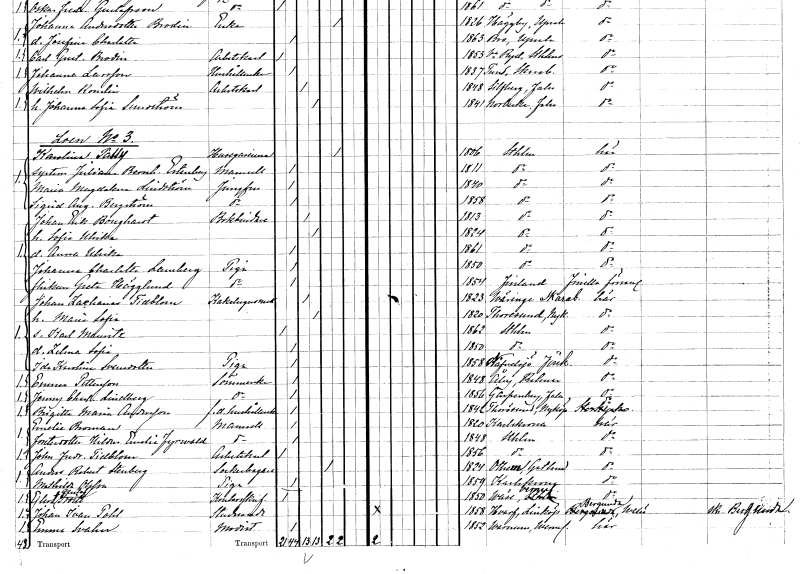
gt_parse: households: individuals: FN: Karolina
EN: Pally
YRKE: Husägarinna
KON: K
CIV: E
FODAR: 1806
FODFORS: Stockholm
FN: Juliana Bernhardina
EN: Estenberg
KON: K
CIV: O
FODAR: 1811
FODFORS: Stockholm
FN: Maria Magdalena
EN: Lindström
YRKE: Jungfru
KON: K
CIV: O
FODAR: 1840
FODFORS: Stockholm
FN: Sigrid Augusta
EN: Bergström
YRKE: Jungfru
KON: K
CIV: O
FODAR: 1858
FODFORS: Stockholm
FN: Johan Erik
EN: Boughardt
YRKE: Bokbindare
KON: M
CIV: G
FODAR: 1813
FODFORS: Stockholm
FN: Sofia Ulrika
KON: K
CIV: G
FODAR: 1824
FODFORS: Stockholm
FN: Anna Ulrika
KON: K
CIV: O
FODAR: 1861
FODFORS: Stockholm
FN: Johanna Charlotta
EN: Lamberg
YRKE: Piga
KON: K
CIV: O
FODAR: 1850
FODFORS: Stockholm
FN: Greta
EN: Hägglund
YRKE: Piga
KON: K
CIV: O
FODAR: 1854
FN: Johan Zacharias
EN: Tidblom
YRKE: Kakelugnsmakare
KON: M
CIV: G
FODAR: 1823
FODFORS: Väring Skaraborgs län
FN: Maria Sofia
KON: K
CIV: G
FODAR: 1820
FODFORS: Toresund Södermanlands län
FN: Karl Mauritz
KON: M
CIV: O
FODAR: 1862
FODFORS: Stockholm
FN: Zelma Sofia
KON: K
CIV: O
FODAR: 1850
FODFORS: Stockholm
FN: Ida Karolina
EN: Svensdotter
YRKE: Piga
KON: K
CIV: O
FODAR: 1858
FODFORS: Nävelsjö Jönköpings län
FN: Emma
EN: Pettersson
YRKE: Sömmerska
KON: K
CIV: O
FODAR: 1848
FODFORS: Åby Kalmar län
FN: Jenny Charlotta
EN: Lindberg
YRKE: Sömmerska
KON: K
CIV: O
FODAR: 1856
FODFORS: Garpenberg Kopparbergs län
FN: Brigitta Maria
EN: Andersson
YRKE: Hushållerska f.d.
KON: K
CIV: O
FODAR: 1842
FODFORS: Toresund Södermanlands län
FN: Emelie
EN: Broman
KON: K
CIV: O
FODAR: 1820
FODFORS: Karlskrona Blekinge län
FN: Hildur Emelia
EN: Fyrwald
KON: K
CIV: O
FODAR: 1848
FODFORS: Stockholm
FN: Johan Fredrik
EN: Tidblom
YRKE: Arbetskarl
KON: M
CIV: O
FODAR: 1856
FODFORS: Stockholm
FN: Anders Robert
EN: Stenberg
YRKE: Sockerbagare
KON: M
CIV: E
FODAR: 1824
FODFORS: Othem Gotlands län
FN: Mathilda
EN: Olsson
YRKE: Piga
KON: K
CIV: O
FODAR: 1859
FODFORS: Karlskrona Blekinge län
FN: Ejlert Gustaf
EN: Troile
YRKE: Kontorsskrivare
KON: M
CIV: O
FODAR: 1850
FODFORS: Väse Värmlands län
FN: Johan Ivan
EN: Pohl
YRKE: Studerande
KON: M
CIV: O
FODAR: 1858
FODFORS: Varv Östergötlands län
FN: Emma
EN: Svahn
YRKE: Modist
KON: K
CIV: O
FODAR: 1852
FODFORS: Varnum Värmlands län